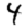
Digit: 4